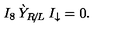
I _ { 8 } \: \grave { Y } _ { R \! / \! L } \: I _ { \downarrow } = 0 .